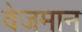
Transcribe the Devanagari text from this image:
वेजमान